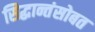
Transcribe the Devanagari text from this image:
सिद्धान्तंसोबत